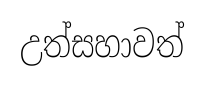
උත්සහාවත්